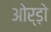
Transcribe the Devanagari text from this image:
ओर्ड़ो